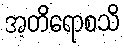
အတိရောစသိ